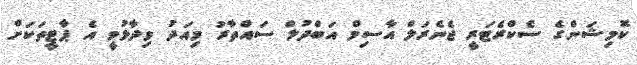
ކޮމިޝަންގެ ސެކްރެޓަރީ ޖެނެރަލް އާސިމް އަބްދުލް ސައްތާރު މިއަދު ވިދާޅުވީ އެ ޕާޓީތަކަށް